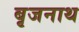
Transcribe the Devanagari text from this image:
बृजनाथ